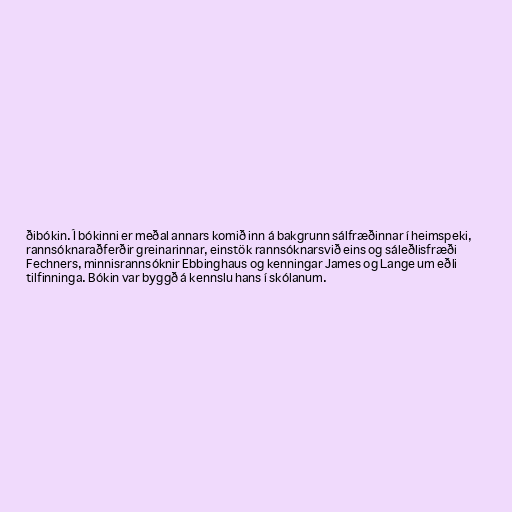
ðibókin. Í bókinni er meðal annars komið inn á bakgrunn sálfræðinnar í heimspeki,
rannsóknaraðferðir greinarinnar, einstök rannsóknarsvið eins og sáleðlisfræði
Fechners, minnisrannsóknir Ebbinghaus og kenningar James og Lange um eðli
tilfinninga. Bókin var byggð á kennslu hans í skólanum.